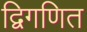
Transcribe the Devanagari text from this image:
द्विगणित